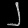
Digit: ၂